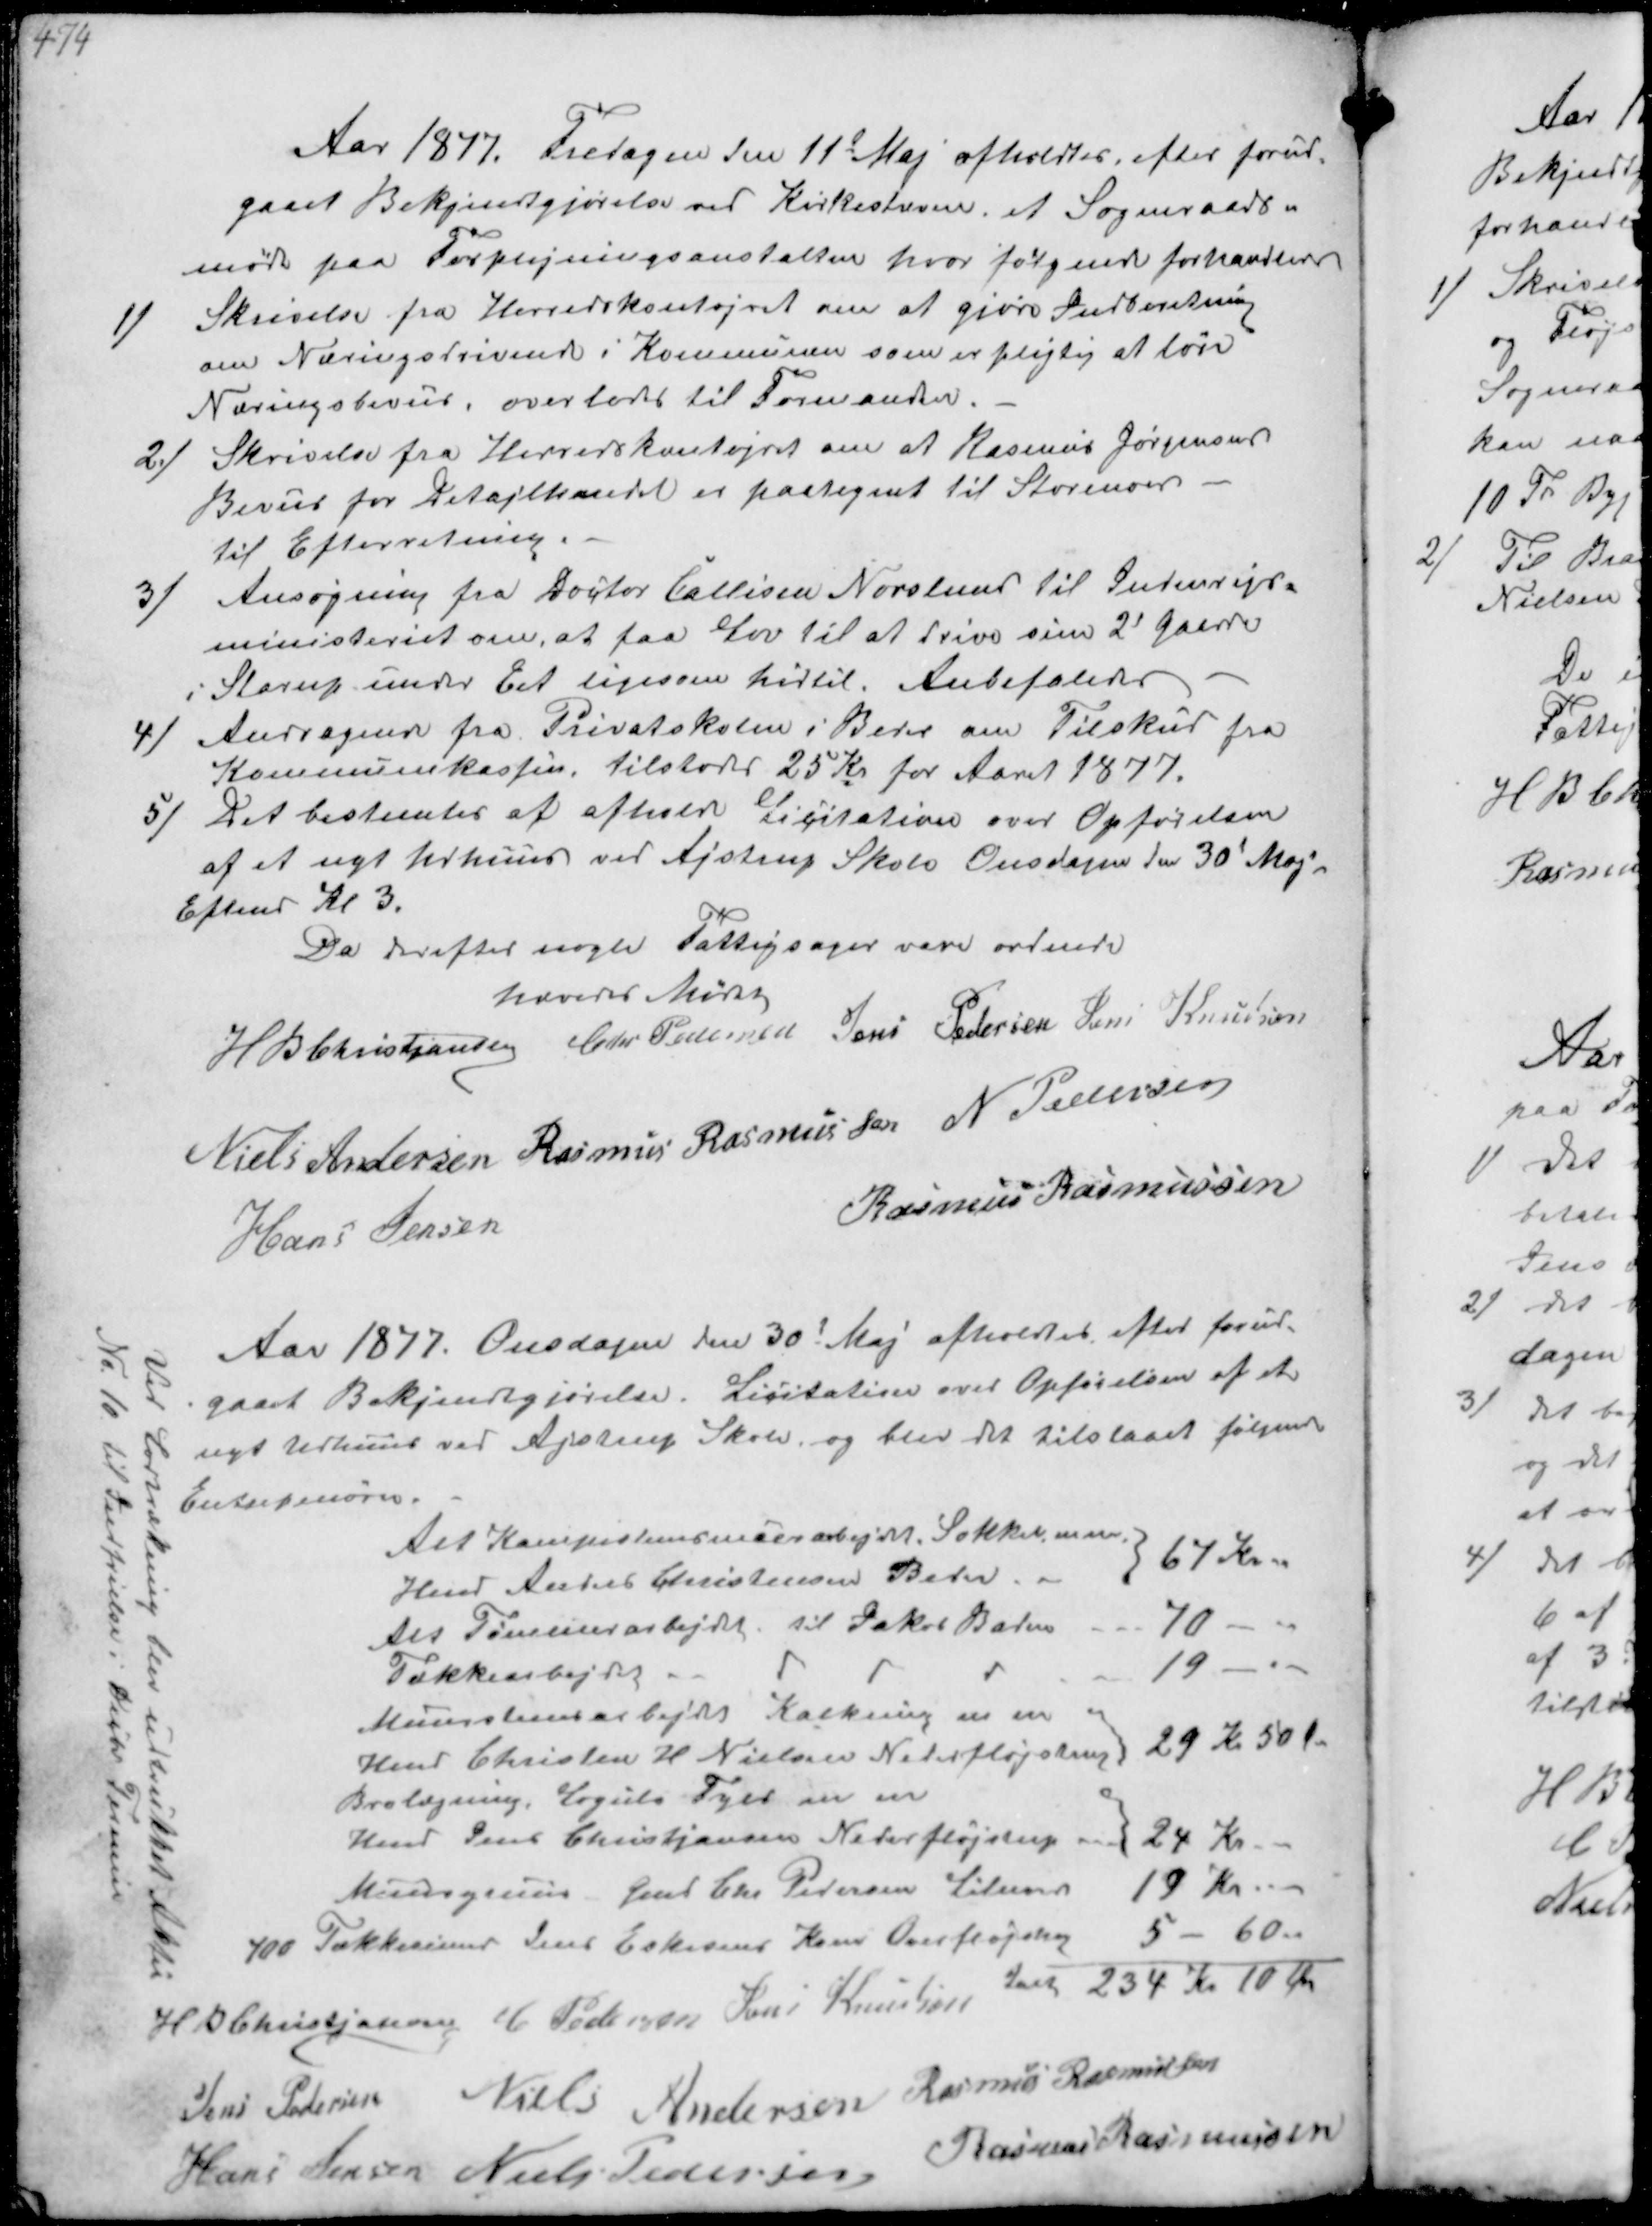
Transskription:
Aar 1897 Fredagen den 11t Maj afholdtes efter forud-
gaaet Bekjendtgjørelse ved Kirkestævne et Sogneraads-
møde paa Forplejningsanstalten hvor følgende forhandledes
1/
Skrivelse fra Herredskontoret om at gjøre Indberetning
om Næringsdrivende i Kommunen som er pligtig at løse
Næringsbevis, overlodes til Formanden.
2/
Skrivelse fra Herredskontoret om at Rasmus Jørgensens
Bevis for Detajlhandel er paategnet til Storenor
til Efterretning.
3/
Ansøgning fra Doctor Callisen Norslund til Indenrigs-
ministeriet om at faa Lov til at drive sine 2 Gaarde
i Starup under Eet ligesom hidtil. Anbefaledes
4/
Andragende fra Privatskolen i Beder om Tilskud fra
Kommunekassen tilstodes 25 Kr for Aaret 1877
5/
Det bestemtes at afholde Licitation over Opførelse
af et nyt Udhus ved Ajstrup Skole Onsdagen den 30' Maj
Eftmd Kl 3.
Da derefter nogle Fattigsager vare ordnede
hævedes Mødet.
H B Christjansen Chr Pedersen Jens Pedersen Jens Knudsen
Niels Andersen Rasmus Rasmussen N Pedersen
Hans Jensen
Rasmus Rasmussen

Ved Lodtrækning blev udtrukket Aktie
No 10 til Indfrielse i Dcbr Termin

Aar 1877. Onsdagen den 30' Maj afholdtes efter forud-
gaaet Bekjendtgjørelse. Licitation over Opførelsen af et
nyt Udhuus ved Ajstrup Skole, og blev det tilstaaet følgende
Entreprenører
Alt Kampestensmatr arbejdet Sokkel, m m
Hmd Anders Christensen Beder
67 Kr.
Alt Tømrerarbejdet til Jakob Baden
70 -
Tækkearbejder
19 -
Murstensarbejdet Kalkning m m
Hmd Christen H Nielsen Nederfløjstrup
29 Kr 50 Øre
Brolægning, Logulvs Fyld m m
Hmd Jens Christjansen Nederfløjstrup
24 Kr.
Murergruus Gmd Chr. Pedersen til 19 Kr.
700 Tækkesnører Jens Eskesens Kone Overfløjstrup 5 - 60 
Ialt 234 Kr 10 Øre 
H P Christiansen C Pedersen Jens Knudsen
Jens Pedersen Niels Andersen Rasmus Rasmussen
Hans Jensen Niels Pedersen Rasmus Rasmussen